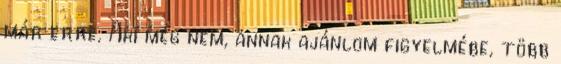
már erre. Aki még nem, annak ajánlom figyelmébe, több